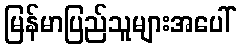
မြန်မာပြည်သူများအပေါ်